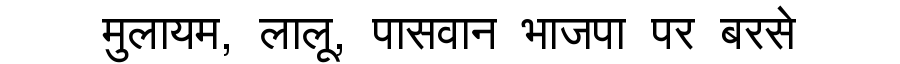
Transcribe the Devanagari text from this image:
मुलायम, लालू, पासवान भाजपा पर बरसे